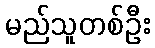
မည်သူတစ်ဦး